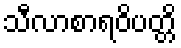
သီလာစာရဝိပတ္တိ